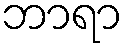
ဘာရာ